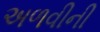
અળવીની